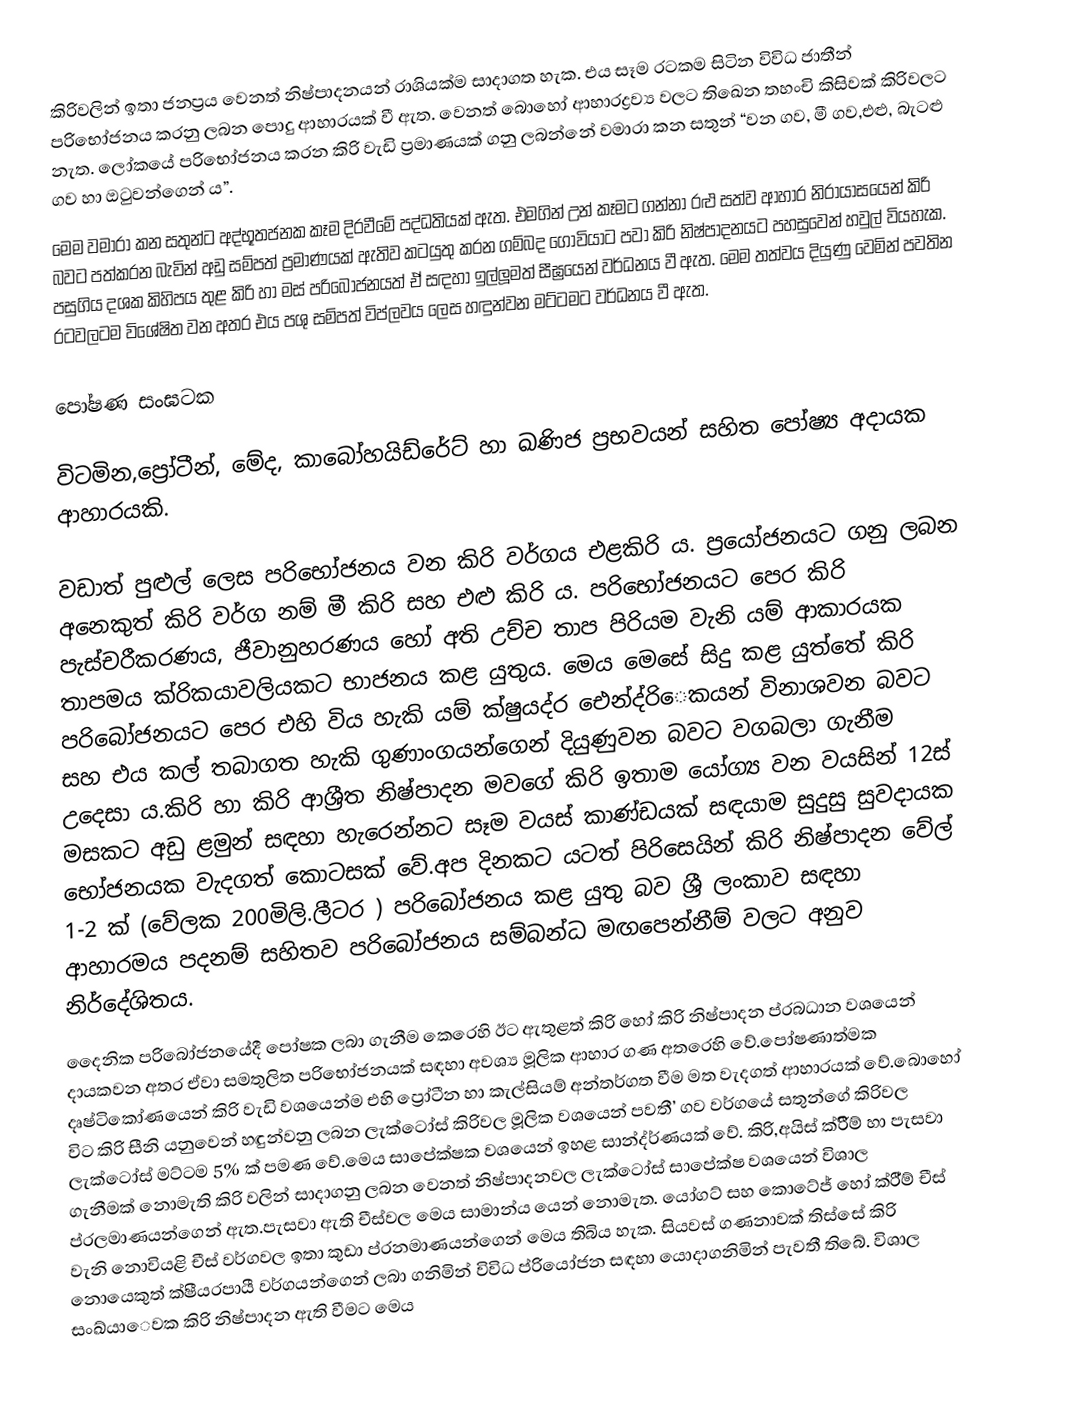
කිරිවලින් ඉතා ජනප්‍රය වෙනත් නිෂ්පාදනයන් රාශියක්ම සාදාගත හැක. එය සෑම රටකම සිටින විවිධ ජාතීන් පරිභෝජනය කරනු ලබන පොදු ආහාරයක් වී ඇත. වෙනත් බොහෝ ආහාරද්‍රව්‍ය වලට තිඛෙන තහංචි කිසිවක් කිරිවලට නැත. ලෝකයේ පරිභෝජනය කරන කිරි වැඩි ප්‍රමාණයක් ගනු ලබන්නේ වමාරා කන සතුන් “වන ගව, මී ගව,එළු, බැටළු ගව හා ඔටුවන්ගෙන් ය”.
මෙම වමාරා කන සතුන්ට අද්භූතජනක කෑම දිරවීමේ පද්ධතියක් ඇත. එමගින් උන් කෑමට ගන්නා රළු සත්ව ආහාර නිරායාසයෙන් කිරි බවට පත්කරන බැවින් අඩු සම්පත් ප්‍රමාණයක් ඇතිව කටයුතු කරන ගම්බද ගොවියාට පවා කිරි නිෂ්පාදනයට පහසුවෙන් හවුල් වියහැක. පසුගිය දශක කිහිපය තුළ කිරි හා මස් පරිබෝජනයත් ඒ සඳහා ඉල්ලූමත් සීඝ්‍රයෙන් වර්ධනය වී ඇත. මෙම තත්වය දියුණු වෙමින් පවතින රටවලටම විශේෂිත වන අතර එය පශු සම්පත් විප්ලවය ලෙස හඳුන්වන මට්ටමට වර්ධනය වී ඇත.

පෝෂණ සංඝටක

විටමින,ප්‍රෝටීන්, මේද, කාබෝහයිඩ්රේට් හා ඛණිජ ප්‍රභවයන් සහිත පෝෂ්‍ය අදායක ආහාරයකි.

වඩාත් පුළුල් ලෙස පරිභෝජනය වන කිරි වර්ගය එළකිරි ය. ප්‍රයෝජනයට ගනු ලබන අනෙකුත් කිරි වර්ග නම් මී කිරි සහ එළු කිරි ය. පරිභෝජනයට පෙර කිරි පැස්චරීකරණය, ජීවානුහරණය හෝ අති උච්ච තාප පිරියම වැනි යම් ආකාරයක තාපමය ක්රිකයාවලියකට භාජනය කළ යුතුය. මෙය මෙසේ සිදු කළ යුත්තේ කිරි පරිබෝජනයට පෙර එහි විය හැකි යම් ක්ෂුයද්ර ඓන්ද්රිෙකයන් විනාශවන බවට සහ එය කල් තබාගත හැකි ගුණාංගයන්ගෙන් දියුණුවන බවට වගබලා ගැනීම උදෙසා ය.කිරි හා කිරි ආශ්‍රීත නිෂ්පාදන මවගේ කිරි ඉතාම යෝග්‍ය වන වයසින් 12ස් මසකට අඩු ළමුන් සඳහා හැරෙන්නට සෑම වයස් කාණ්ඩයක් සඳයාම සුදුසු සුවදායක භෝජනයක වැදගත් කොටසක් වේ.අප දිනකට යටත් පිරිසෙයින් කිරි නිෂ්පාදන වේල් 1-2 ක් (වේලක 200මිලි.ලීටර ) පරිබෝජනය කළ යුතු බව ශ්‍රී ලංකාව සඳහා ආහාරමය පදනම් සහිතව පරිබෝජනය සම්බන්ධ මඟපෙන්නීම් වලට අනුව නිර්දේශිතය.
දෛනික පරිබෝජනයේදී පෝෂක ලබා ගැනීම කෙරෙහි ඊට ඇතුළත් කිරි හෝ කිරි නිෂ්පාදන ප්රබධාන වශයෙන් දායකවන අතර ඒවා සමතුලිත පරිභෝජනයක් සඳහා අවශ්‍ය මූලික ආහාර ගණ අතරෙහි වේ.පෝෂණාත්මක දෘෂ්ටිකෝණයෙන් කිරි වැඩි වශයෙන්ම එහි ප්‍රෝටීන හා කැල්සියම් අන්තර්ගත වීම මත වැදගත් ආහාරයක් වේ.බොහෝ විට කිරි සීනි යනුවෙන් හඳුන්වනු ලබන ලැක්ටෝස් කිරිවල මූලික වශයෙන් පවතී’ ගව වර්ගයේ සතුන්ගේ කිරිවල ලැක්ටෝස් මට්ටම 5% ක් පමණ වේ.මෙය සාපේක්ෂක වශයෙන් ඉහළ සාන්ද්ර්ණයක් වේ. කිරි,අයිස් ක්රීිම් හා පැසවා ගැනීමක් නොමැති කිරි වලින් සාදාගනු ලබන වෙනත් නිෂ්පාදනවල ලැක්ටෝස් සාපේක්ෂ වශයෙන් විශාල ප්රලමාණයන්ගෙන් ඇත.පැසවා ඇති චීස්වල මෙය සාමාන්ය යෙන් නොමැත. යෝගට් සහ කොටේජ් හෝ ක්රී්ම් චීස් වැනි නොවියළි චීස් වර්ගවල ඉතා කුඩා ප්රනමාණයන්ගෙන් මෙය තිබිය හැක. සියවස් ගණනාවක් තිස්සේ කිරි නොයෙකුත් ක්ෂීයරපායී වර්ගයන්ගෙන් ලබා ගනිමින් විවිධ ප්රියෝජන සඳහා යොදාගනිමින් පැවතී තිබේ. විශාල සංඛ්යාෙවක කිරි නිෂ්පාදන ඇති වීමට මෙය